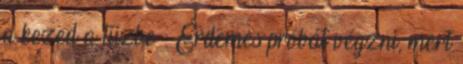
a kezed a tűzbe : Érdemes próbát végzni, mert